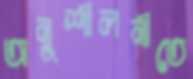
অনুশীলনীতে